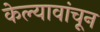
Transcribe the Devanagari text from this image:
केल्यावांचून